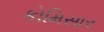
કોમિસાર